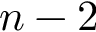
n - 2